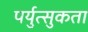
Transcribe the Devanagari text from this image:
पर्युत्सुकता